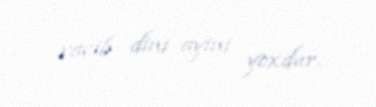
vacib dini ayini yoxdur.